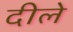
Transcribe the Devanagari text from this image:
दीले